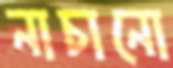
নাচানো